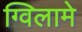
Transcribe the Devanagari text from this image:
ग्विलामे